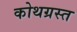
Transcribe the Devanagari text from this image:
कोथग्रस्त